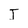
Character: T